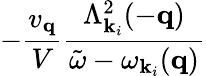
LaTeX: -\frac{v_{{\mathbf{q}}}}{V}\frac{\Lambda_{{\mathbf{k}}_{i}}^{2}(-{\mathbf{q}})}{{\tilde{\omega}}-\omega_{{\mathbf{k}}_{i}}({\mathbf{q}})}